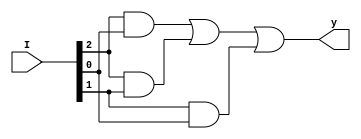
module GL_lab4 (y, I);

input [2:0] I;
output y;
wire [2:0] w;

and G0(w[2], I[2], I[0]);
and G1(w[1], I[2], I[1]);
and G2(w[0], I[1], I[0]);
or G3(y, w[2], w[1], w[0]);

endmodule